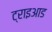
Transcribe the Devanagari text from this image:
ट्राइआड